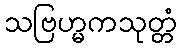
သဗြဟ္မကသုတ္တံ